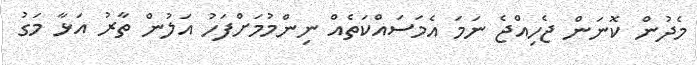
މެދުން ކޮނަން ޖެހިއްޖެ ނަމަ އެމަސައްކަތެއް ނިންމުމަށްފަހު އަލުން ތާރު އަޅާ މަގު